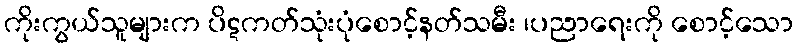
ကိုးကွယ်သူများက ပိဋကတ်သုံးပုံစောင့်နတ်သမီး ၊ပညာရေးကို စောင့်သော